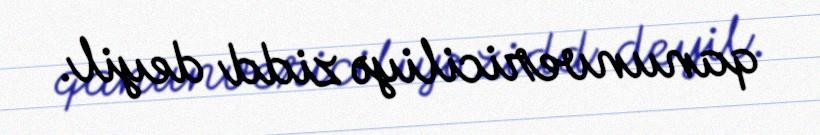
qanunvericiliyə zidd deyil.